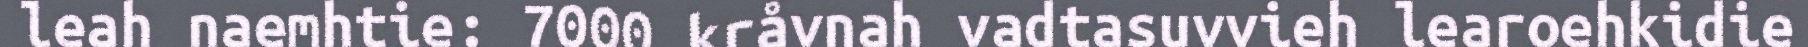
leah naemhtie: 7000 kråvnah vadtasuvvieh learoehkidie